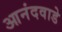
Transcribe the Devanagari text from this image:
आनंदवाडे